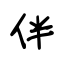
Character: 伴